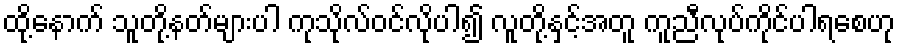
ထို့နောက် သူတို့နတ်များပါ ကုသိုလ်ဝင်လိုပါ၍ လူတို့နှင့်အတူ ကူညီလုပ်ကိုင်ပါရစေဟု